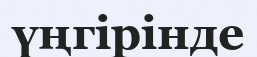
үңгірінде